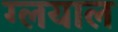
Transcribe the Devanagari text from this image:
ग्लयाल